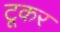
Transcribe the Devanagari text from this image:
टूकर